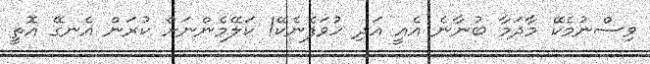
ވިސްނުމެކޭ މާދަމާ ބުނާނެ އެއީ އަދި ހުވަފެނެކޭ! ކަލޭމެންނަށް ކުރަން އެނގޭ އޮތީ